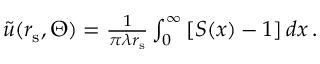
\begin{array} { r } { \widetilde { u } ( r _ { \mathrm { s } } , \Theta ) = \frac { 1 } { \pi \lambda { r } _ { \mathrm { s } } } \int _ { 0 } ^ { \infty } \left[ S ( x ) - 1 \right] d x \, . } \end{array}